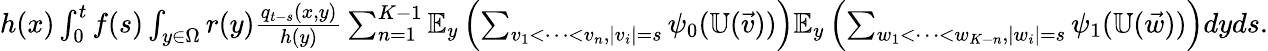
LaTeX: \begin{array}{r}{h(x)\int_{0}^{t}f(s)\int_{y\in\Omega}r(y)\frac{q_{t-s}(x,y)}{h(y)}\sum_{n=1}^{K-1}\mathbb{E}_{y}\left(\sum_{v_{1}<\cdots<v_{n},|v_{i}|=s}\psi_{0}(\mathbb{U}(\vec{v}))\right)\mathbb{E}_{y}\left(\sum_{w_{1}<\cdots<w_{K-n},|w_{i}|=s}\psi_{1}(\mathbb{U}(\vec{w}))\right)dyds.}\end{array}